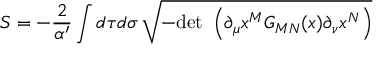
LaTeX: S = - \frac { 2 } { \alpha ^ { \prime } } \int d \tau d \sigma \, \sqrt { - \mathrm { d e t ~ } \left( \partial _ { \mu } x ^ { M } G _ { M N } ( x ) \partial _ { \nu } x ^ { N } \right) }